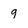
Character: 9